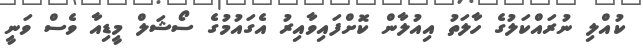
ކުއްލި ނުރައްކަލުގެ ހާލަތު އިއުލާން ކޮށްފައިވާއިރު އެގައުމުގެ ސޯޝަލް މީޑިއާ ވެސް ވަނީ